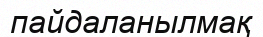
пайдаланылмақ